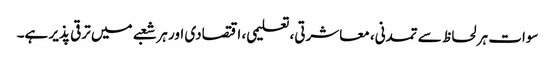
سوات ہر لحاظ سے تمدنی، معاشرتی، تعلیمی، اقتصادی اور ہر شعبے میں ترقی پذیر ہے۔